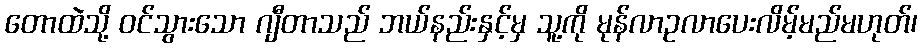
တောထဲသို့ ဝင်သွားသော ဂျီတာသည် ဘယ်နည်းနှင့်မှ သူ့ကို မုန်လာဥလာပေးလိမ့်မည်မဟုတ်၊